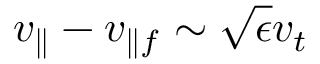
v _ { \parallel } - v _ { \parallel f } \sim \sqrt { \epsilon } v _ { t }